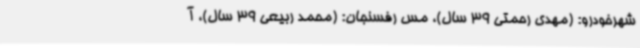
شهرخودرو: (مهدی رحمتی 39 سال)، مس رفسنجان: (محمد ربیعی 39 سال)، آ